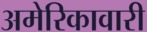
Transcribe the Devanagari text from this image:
अमेरिकावारी